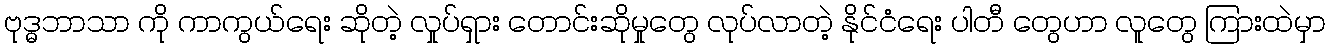
ဗုဒ္ဓဘာသာ ကို ကာကွယ်ရေး ဆိုတဲ့ လှုပ်ရှား တောင်းဆိုမှုတွေ လုပ်လာတဲ့ နိုင်ငံရေး ပါတီ တွေဟာ လူတွေ ကြားထဲမှာ